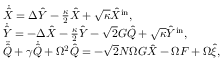
\begin{array} { r l } & { \dot { \hat { X } } = \Delta \hat { Y } - \frac { \kappa } { 2 } \hat { X } + \sqrt { \kappa } \hat { X } ^ { \mathrm { i n } } , } \\ & { \dot { \hat { Y } } = - \Delta \hat { X } - \frac { \kappa } { 2 } \hat { Y } - \sqrt { 2 } G \hat { Q } + \sqrt { \kappa } \hat { Y } ^ { \mathrm { i n } } , } \\ & { \ddot { \hat { Q } } + \gamma \dot { \hat { Q } } + \Omega ^ { 2 } \hat { Q } = - \sqrt { 2 } N \Omega G \hat { X } - \Omega F + \Omega \hat { \xi } , } \end{array}